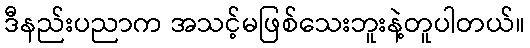
ဒီနည်းပညာက အသင့်မဖြစ်သေးဘူးနဲ့တူပါတယ်။